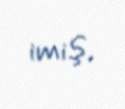
imiş.